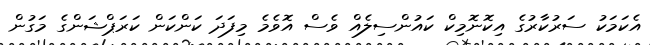
އެކަމަކު ސަރުކާރުގެ އިކޮނޮމިކް ކައުންސިލެއް ވެސް އޮވެމެ މިފަދަ ކަންކަން ކަރަޕްޝަންގެ މަގުން